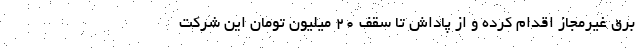
برق غیرمجاز اقدام کرده و از پاداش تا سقف ۲۰ میلیون تومان این شرکت